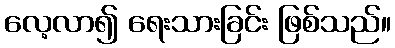
လေ့လာ၍ ရေးသားခြင်း ဖြစ်သည်။